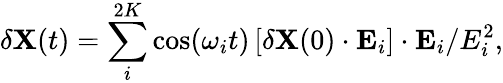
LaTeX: \delta\textbf{X}(t)=\sum_{i}^{2K}\cos(\omega_{i}t)\left[\delta\textbf{X}(0)\cdot\textbf{E}_{i}\right]\cdot\textbf{E}_{i}/E_{i}^{2},